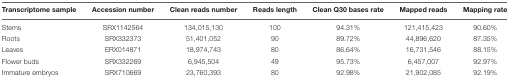
<table><thead><tr><td><b>Transcriptome sample</b></td><td><b>Accession number</b></td><td><b>Clean reads number</b></td><td><b>Reads length</b></td><td><b>Clean Q30 bases rate</b></td><td><b>Mapped reads</b></td><td><b>Mapping rate</b></td></tr></thead><tbody><tr><td>Stems</td><td>SRX1142564</td><td>134,015,130</td><td>100</td><td>94.31%</td><td>121,415,423</td><td>90.60%</td></tr><tr><td>Roots</td><td>SRX332373</td><td>51,401,052</td><td>90</td><td>89.72%</td><td>44,896,620</td><td>87.35%</td></tr><tr><td>Leaves</td><td>ERX014871</td><td>18,974,743</td><td>80</td><td>86.64%</td><td>16,731,546</td><td>88.15%</td></tr><tr><td>Flower buds</td><td>SRX332269</td><td>6,945,504</td><td>49</td><td>95.73%</td><td>6,457,007</td><td>92.97%</td></tr><tr><td>Immature embryos</td><td>SRX710669</td><td>23,760,393</td><td>80</td><td>92.98%</td><td>21,902,085</td><td>92.19%</td></tr></tbody></table>